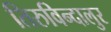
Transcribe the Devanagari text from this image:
तिरुविन्दालुर